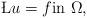
LaTeX: \begin{align*} \L u = f \mbox{in } \Omega,\end{align*}